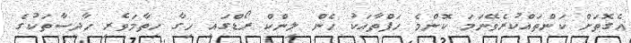
އެގޮތަށް ކަންތައްކުރެވޭނަމަ ކޮންމެ ހަފްތާއަކު ހެން ލިންކް ރޯޑްގައި ހިގާ ހިތާމަވެރި ހާދިސާތަކުގެ